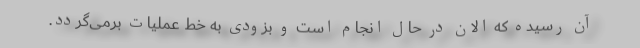
آن رسیده که الان در حال انجام است و بزودی به خط عملیات برمی‌گردد.